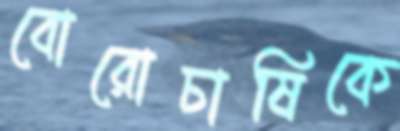
বোরোচাষিকে